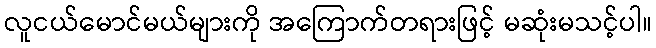
လူငယ်မောင်မယ်များကို အကြောက်တရားဖြင့် မဆုံးမသင့်ပါ။